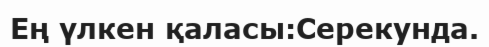
Ең үлкен қаласы:Серекунда.